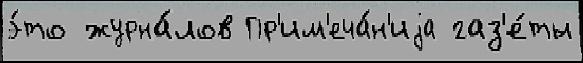
э́то журна́лов Пр'им'еча́н'иjа газ'е́ты